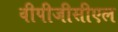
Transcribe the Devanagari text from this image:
वीपीजीसीएल